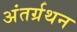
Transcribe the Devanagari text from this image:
अंतर्ग्रथन